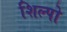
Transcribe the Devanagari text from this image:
शिल्पो